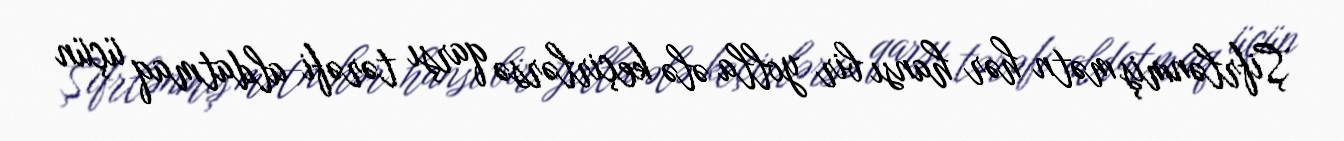
Şifrlənmiş mətn hər hansı bir yolla ələ keçirlərsə qarşı tərəfi aldatmaq üçün